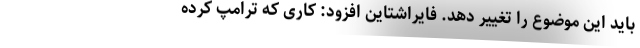
باید این موضوع را تغییر دهد. فایراشتاین افزود: کاری که ترامپ کرده